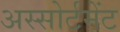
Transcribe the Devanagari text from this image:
अस्सोर्टमेंट